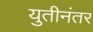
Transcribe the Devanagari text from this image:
युतीनंतर